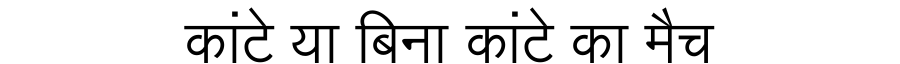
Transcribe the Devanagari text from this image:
कांटे या बिना कांटे का मैच